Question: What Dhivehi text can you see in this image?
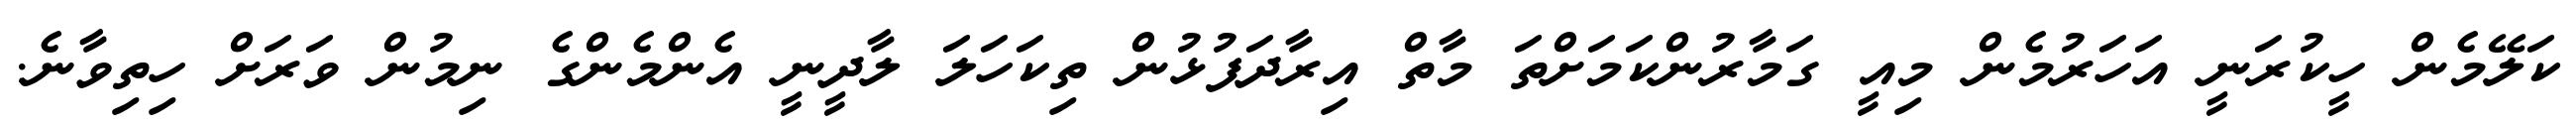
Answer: ކަލޭމެން ހީކުރަނީ އަހަރުމެން މިއީ ގަމާރުންކަމަށްތަ މާތް އިރާދަފުޅުން ތިކަހަލަ ލާދީނީ އެންމެންގެ ނިމުން ވަރަށް ހިތިވާނެ.